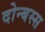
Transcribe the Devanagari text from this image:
दोन्बस्स